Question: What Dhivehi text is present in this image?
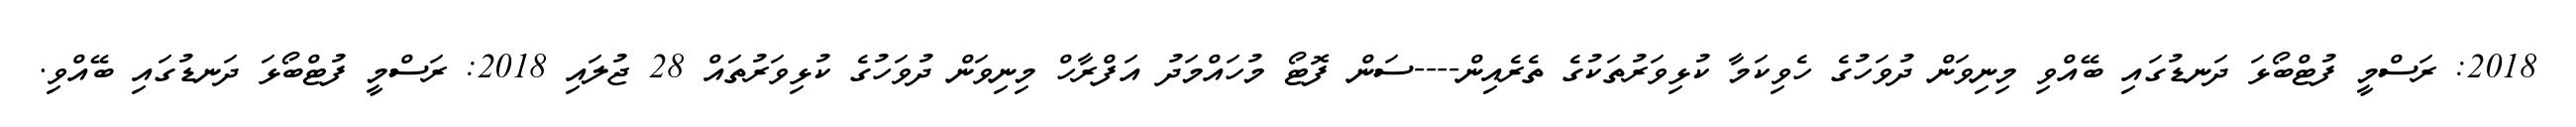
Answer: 2018: ރަސްމީ ފުޓްބޯޅަ ދަނޑުގައި ބޭއްވި މިނިވަން ދުވަހުގެ ހެވިކަމާ ކުޅިވަރުތަކުގެ ތެރެއިން----ސަން ފޮޓޯ މުހައްމަދު އަފްރާހް މިނިވަން ދުވަހުގެ ކުޅިވަރުތައް 28 ޖުލައި 2018: ރަސްމީ ފުޓްބޯޅަ ދަނޑުގައި ބޭއްވި.